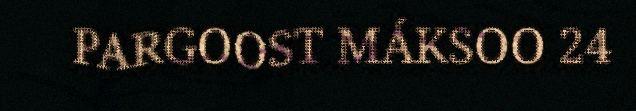
PARGOOST MÁKSOO 24